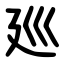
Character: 廵